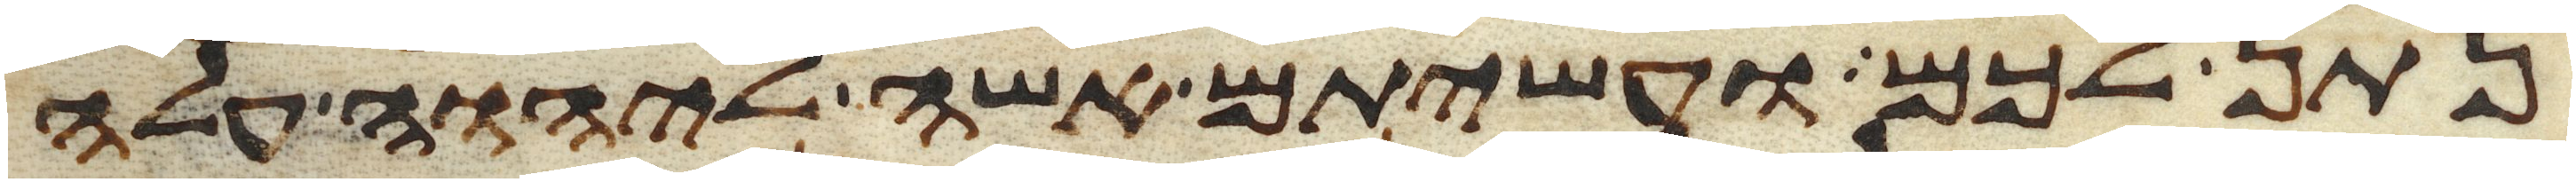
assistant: נתן לכם ועשיתם אשה ליהוה עלה